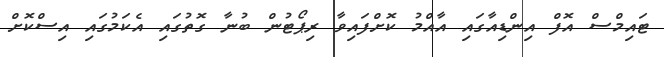
ޓައިމްސް އޮފް އިންޑިއާގައި އާއްމު ކޮށްފައިވާ ރިޕޯޓުން ބުނާ ގޮތުގައި އެކަމުގައި އިސްކޮށް